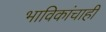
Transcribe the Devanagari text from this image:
भाविकांचाही